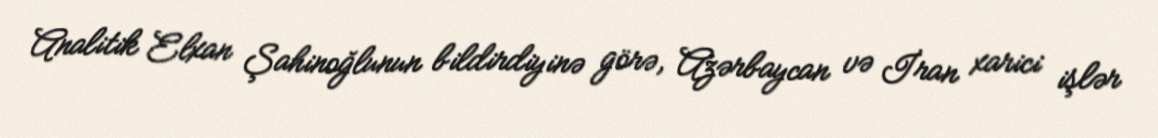
Analitik Elxan Şahinoğlunun bildirdiyinə görə, Azərbaycan və İran xarici işlər